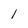
Character: 1